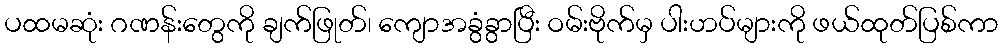
ပထမဆုံး ဂဏန်းတွေကို ချက်ဖြုတ်၊ ကျောအခွံခွာပြီး ဝမ်းဗိုက်မှ ပါးဟပ်များကို ဖယ်ထုတ်ပြစ်ကာ